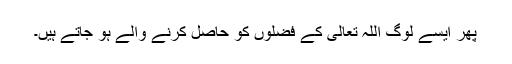
پھر ایسے لوگ اللہ تعالیٰ کے فضلوں کو حاصل کرنے والے ہو جاتے ہیں۔